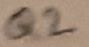
Text: Q2